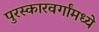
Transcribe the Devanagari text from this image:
पुरस्कारवर्गांमध्ये